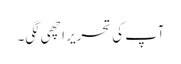
آپ کی تحریر اچھی لگی۔